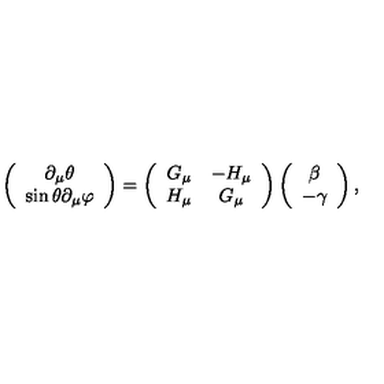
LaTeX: \left( \begin{array} { c } { \partial _ { \mu } \theta } \\ { \sin \theta \partial _ { \mu } \varphi } \\ \end{array} \right) = \left( \begin{array} { c c } { G _ { \mu } } & { - H _ { \mu } } \\ { H _ { \mu } } & { G _ { \mu } } \\ \end{array} \right) \left( \begin{array} { c } { \beta } \\ { - \gamma } \\ \end{array} \right) ,